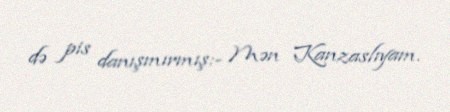
də pis danışmırmış:- Mən Kanzaslıyam.